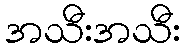
အသီးအသီး